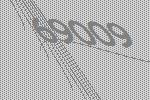
69009